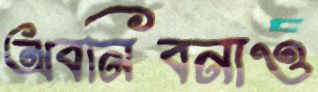
অবনিবনাও